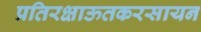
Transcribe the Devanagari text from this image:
प्रतिरक्षाऊतकरसायन